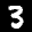
Label: 3